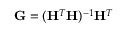
\mathbf { G } = ( \mathbf { H } ^ { T } \mathbf { H } ) ^ { - 1 } \mathbf { H } ^ { T }